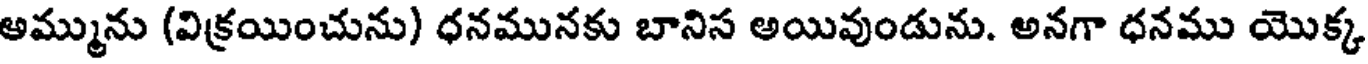
అమ్మును (విక్రయించును) ధనమునకు బానిస అయివుండును. అనగా ధనము యొక్క